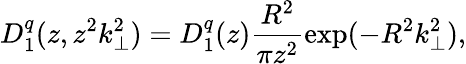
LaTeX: D_{1}^{q}(z,z^{2}k_{\perp}^{2})=D_{1}^{q}(z)\frac{R^{2}}{\pi z^{2}}\exp(-R^{2}k_{\perp}^{2}),